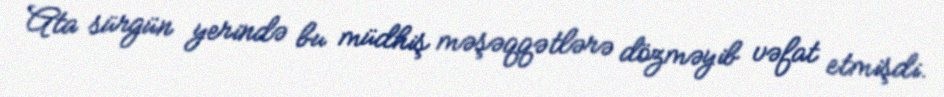
Ata sürgün yerində bu müdhiş məşəqqətlərə dözməyib vəfat etmişdi.